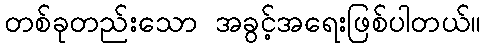
တစ်ခုတည်းသော အခွင့်အရေးဖြစ်ပါတယ်။